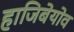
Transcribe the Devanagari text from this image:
हाजिबेयोव